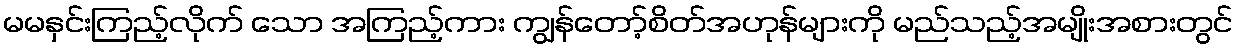
မမနှင်းကြည့်လိုက် သော အကြည့်ကား ကျွန်တော့်စိတ်အဟုန်များကို မည်သည့်အမျိုးအစားတွင်